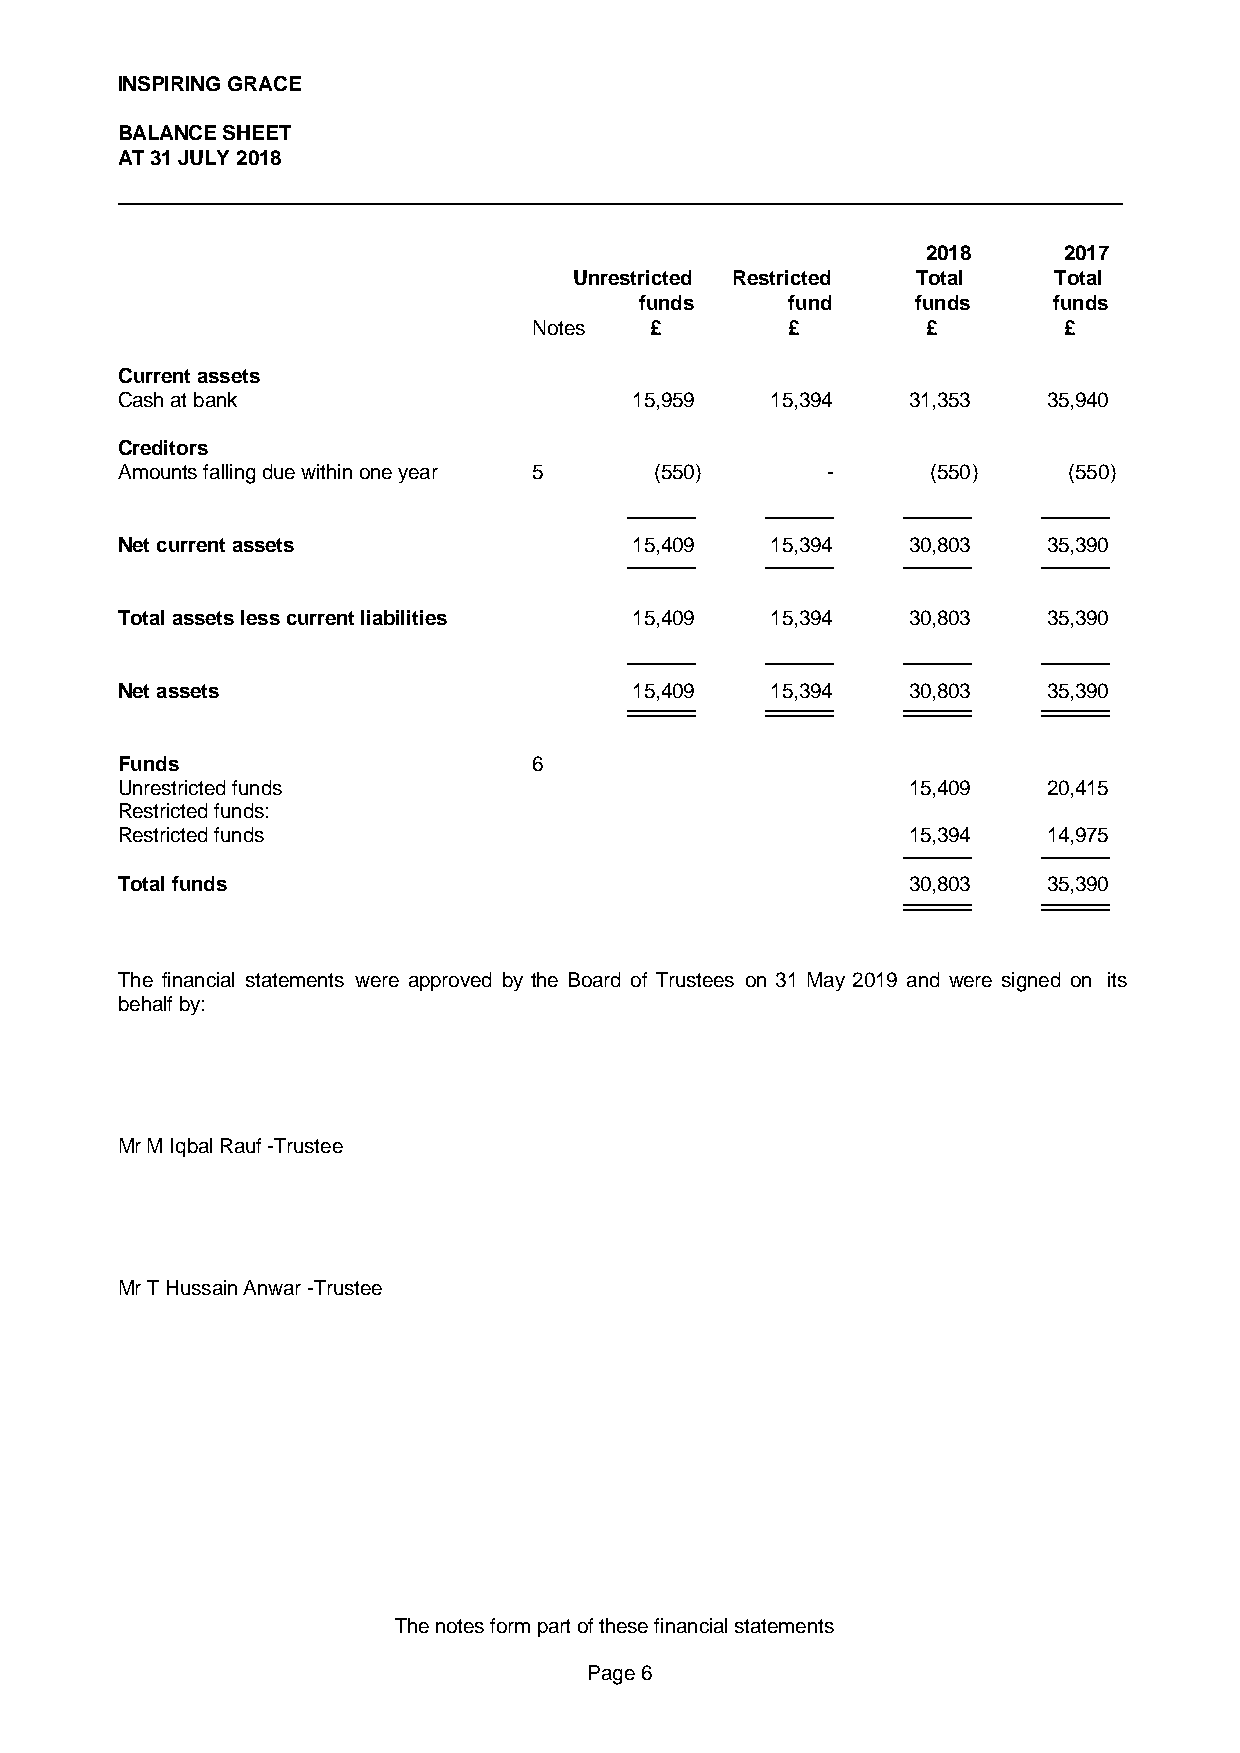
INSPIRING GRACE
 BALANCE SHEET
 AT 31 JULY 2018
 2018     2017
 Unrestricted Restricted Total   Total
 funds     fund     funds    funds
 Notes   £        £        £        £
 Current assets
 Cash at bank                      15,959   15,394   31,353   35,940
 Creditors
 Amounts falling due within one year 5 (550)    -      (550)    (550)
 Net current assets                15,409   15,394   30,803   35,390
 Total assets less current liabilities 15,409 15,394 30,803   35,390
 Net assets                        15,409   15,394   30,803   35,390
 Funds                      6
 Unrestricted funds                                  15,409   20,415
 Restricted funds:
 Restricted funds                                    15,394   14,975
 Total funds                                         30,803   35,390
 The financial statements were approved by the Board of Trustees on 31 May 2019 and were signed on its
 behalf by:
 Mr M Iqbal Rauf -Trustee
 Mr T Hussain Anwar -Trustee
 The notes form part of these financial statements
 Page 6